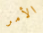
الأمر